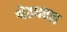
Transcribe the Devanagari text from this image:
श्वेतधवल